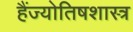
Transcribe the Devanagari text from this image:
हैंज्योतिषशास्त्र